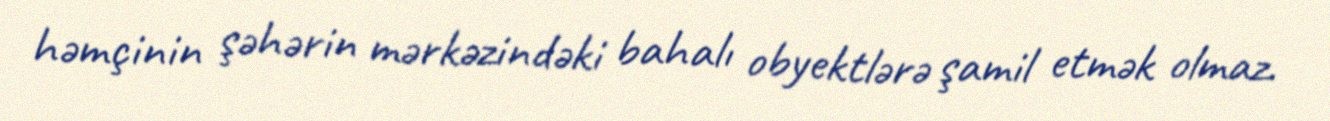
həmçinin şəhərin mərkəzindəki bahalı obyektlərə şamil etmək olmaz.